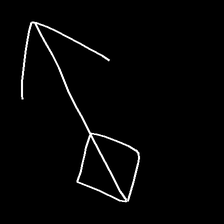
Glyph: focus